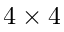
4 \times 4